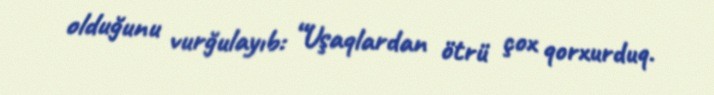
olduğunu vurğulayıb: “Uşaqlardan ötrü çox qorxurduq.